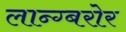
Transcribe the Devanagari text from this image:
लान्ग्बरोर